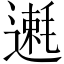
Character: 𫐿